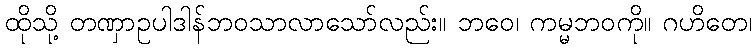
ထိုသို့ တဏှာဥပါဒါန်ဘဝသာလာသော်လည်း။ ဘဝေ၊ ကမ္မဘဝကို။ ဂဟိတေ၊